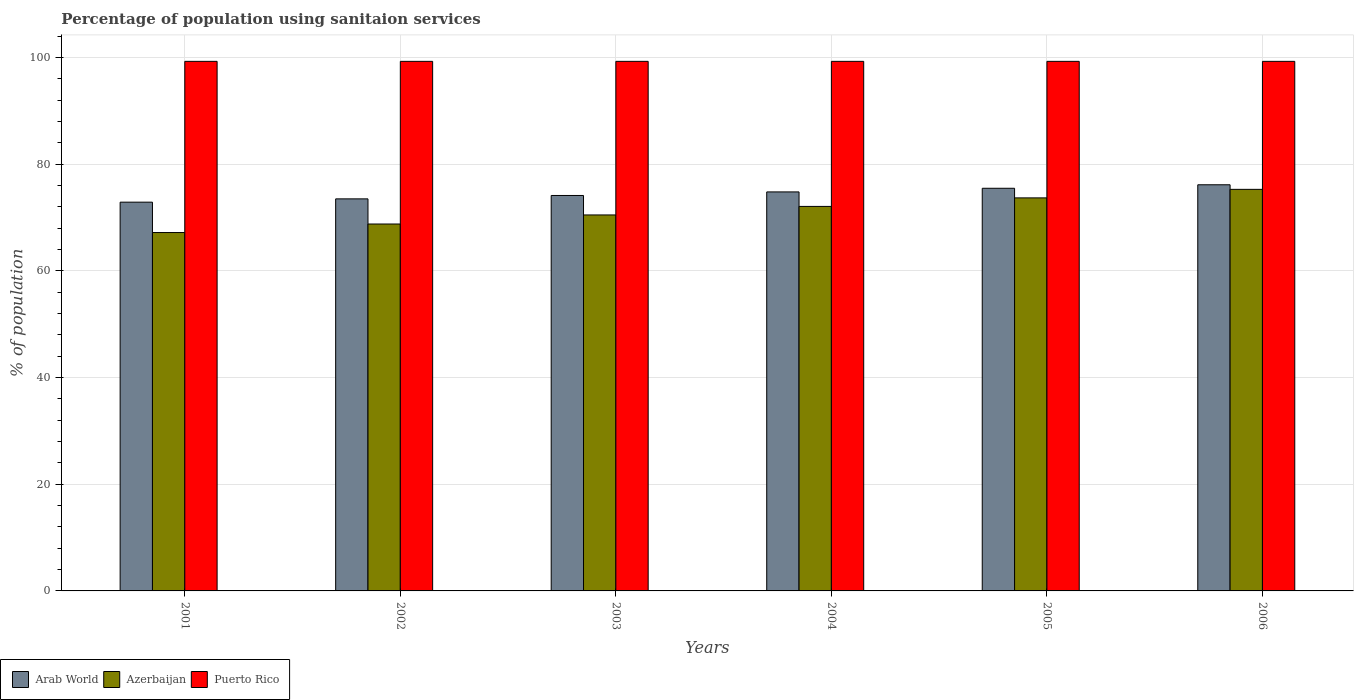
| Years | Arab World | Azerbaijan | Puerto Rico |
 | --- | --- | --- | --- |
 | 2001 | 72.9 | 67.2 | 99.3 |
 | 2002 | 73.5 | 68.8 | 99.3 |
 | 2003 | 74.2 | 70.5 | 99.3 |
 | 2004 | 74.8 | 72.1 | 99.3 |
 | 2005 | 75.5 | 73.7 | 99.3 |
 | 2006 | 76.2 | 75.3 | 99.3 |